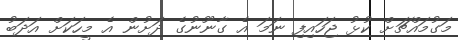
މަގުމައްޗަށް ކުޅު ޖަހައިފި ނަމަ އެ ގާނޫނުގެ ދަށުން އެ މީހަކަށް އަދަބު